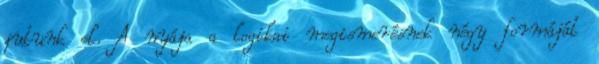
jutunk el. A nyája a logikai megismerésnek négy formáját